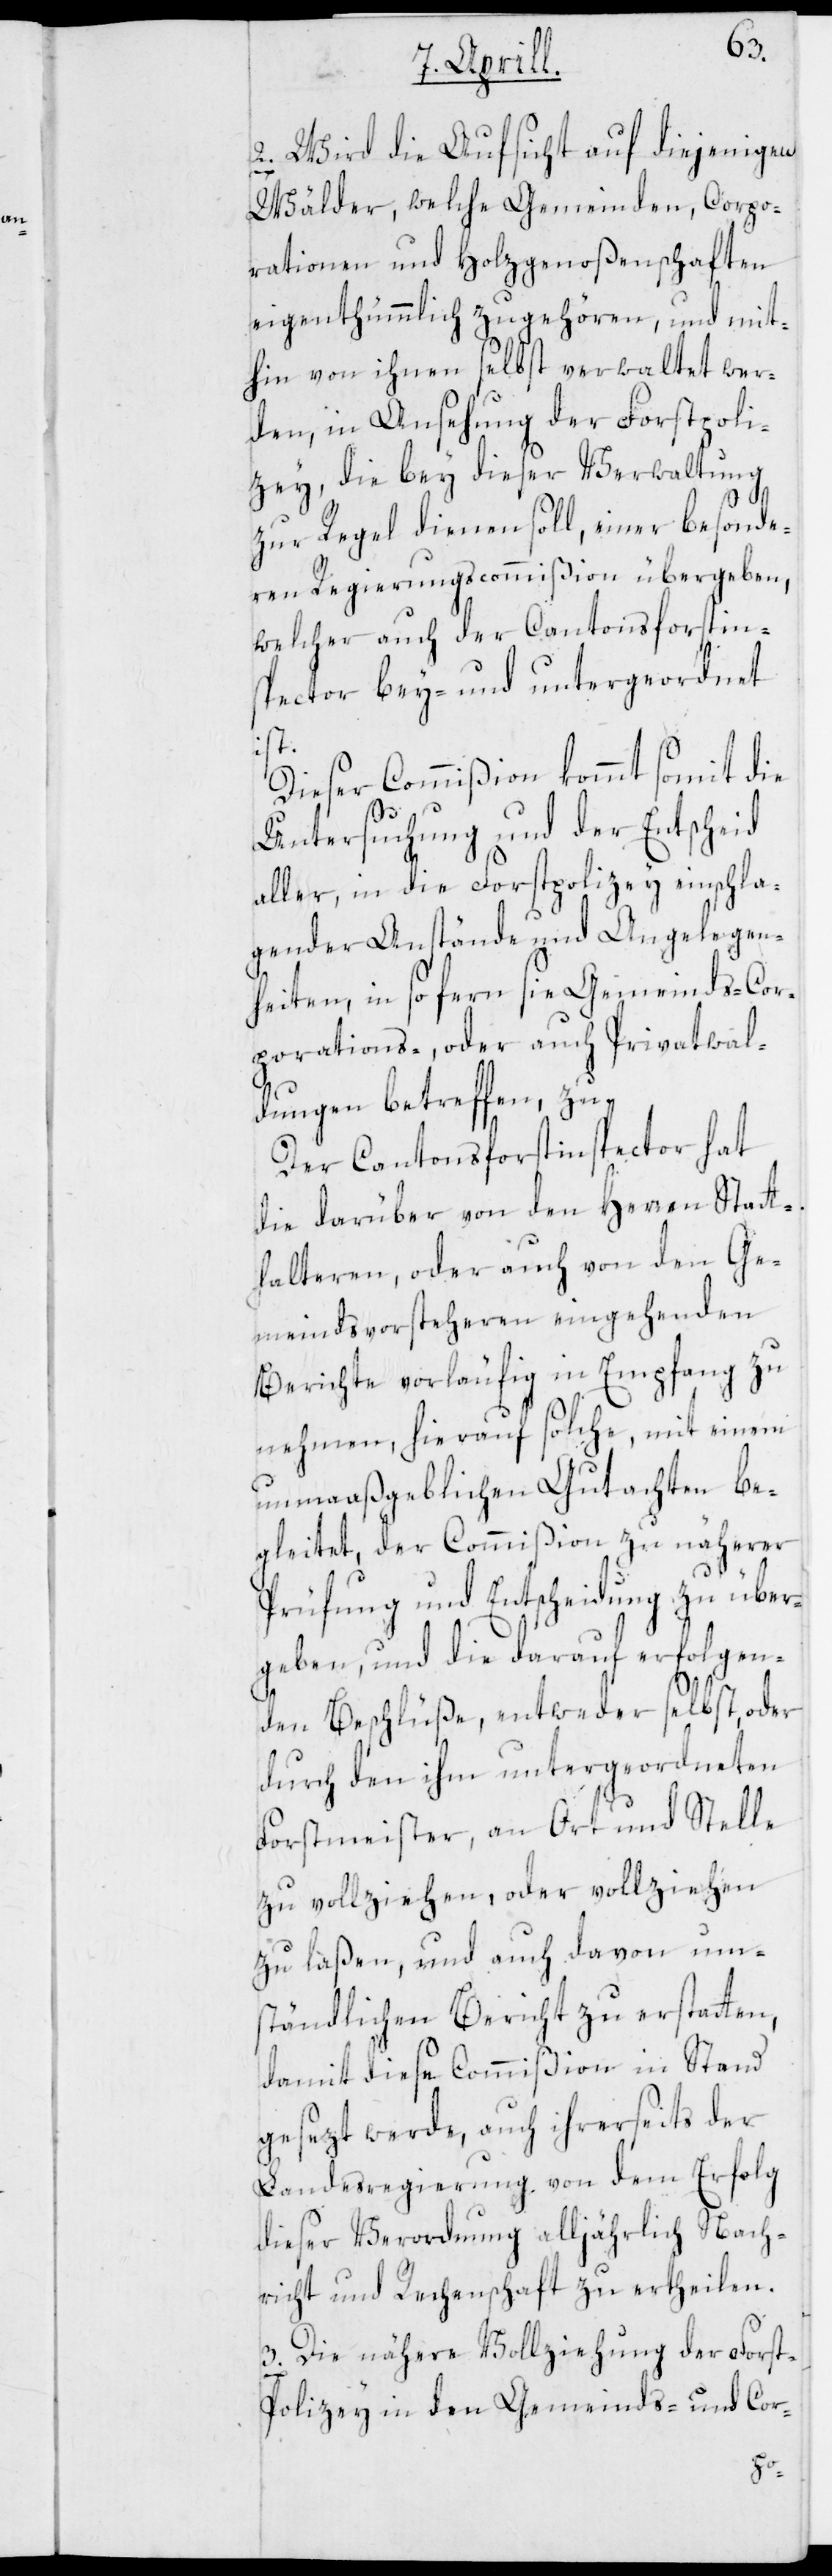
2. Wird die Aufsicht auf diejenigen
Wälder, welche Gemeinden, Corpo¬
rationen und Holzgenoßenschaften
eigenthümmlich zugehören, und mit¬
hin von ihnen selbst verwaltet wer¬
den, in Ansehung der Forstpoli¬
zey, die bey dieser Verwaltung
zur Regel dienen soll, einer besonde¬
ren Regierungscommißion übergeben,
welcher auch der Cantonsforstin¬
spector bey- und untergeordnet
ist.
Dieser Commißion kommt somit die
Untersuchung und der Entscheid
aller, in die Forstpolizey einschla¬
gender Anstände und Angelegen¬
heiten, in so fern sie Gemeinds-[,]
porations-, oder auch Privatwal¬
dungen betreffen, zu.
Der Cantonsforstinspector hat
die darüber von den Herren Statt¬
halteren, oder auch von den Ge¬
meindsvorsteheren eingehenden
Berichte vorläufig in Empfang zu
nehmen, hierauf solche, mit einem
unmaßgeblichen Gutachten be¬
gleitet, der Commißion zu näherer
Prüfung und Entscheidung zu über¬
geben, und die darauf erfolgen¬
den Beschlüße, entweder selbst, oder
durch den ihm untergeordneten
Forstmeister, an Ort und Stelle
zu vollziehen, oder vollziehen
zu laßen, und auch davon um¬
ständlichen Bericht zu erstatten,
damit diese Commißion in Stand
gesezt werde, auch ihrerseits der
Landesregierung von dem Erfolg
dieser Verordnung alljährlich Nach¬
richt und Rechenschaft zu ertheilen.
3. Die nähere Vollziehung der Forst-P¬
olizey in den Gemeinds- und Cor-
Cor¬